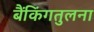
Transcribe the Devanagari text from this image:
बैंकिंगतुलना